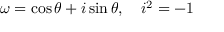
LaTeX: \ \omega = \cos \theta + i \sin \theta , \quad i ^ { 2 } = - 1